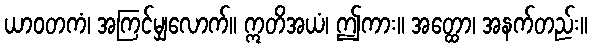
ယာဝတကံ၊ အကြင်မျှလောက်။ ဣတိအယံ၊ ဤကား။ အတ္ထော၊ အနက်တည်း။